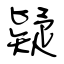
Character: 疑